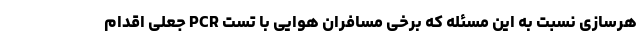
هرسازی نسبت به این مسئله که برخی مسافران هوایی با تست PCR جعلی اقدام